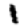
Digit: 1